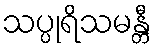
သပ္ပုရိသမန္တီ